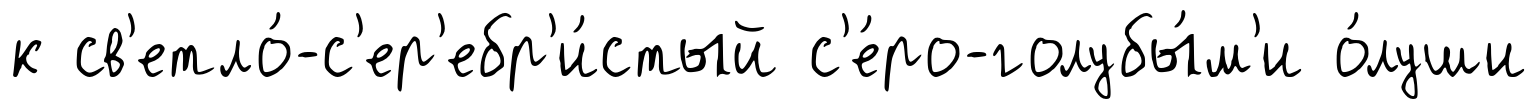
к св'етло́-с'ер'ебр'и́стый с'е́ро-голубы́м'и о́луши